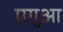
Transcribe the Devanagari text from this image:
एगुआ